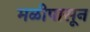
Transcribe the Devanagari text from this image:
मळीपासून